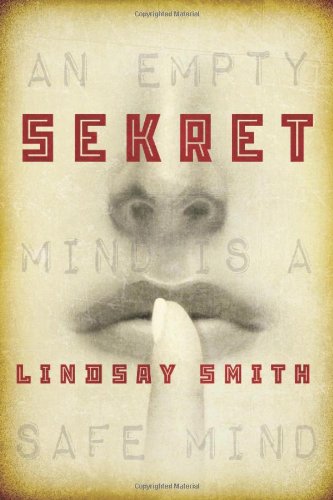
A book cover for Sekret (Sekret Series); Lindsay Smith; Teen & Young Adult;